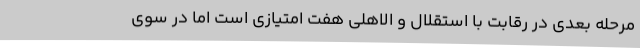
مرحله بعدی در رقابت با استقلال و الاهلی هفت امتیازی است اما در سوی